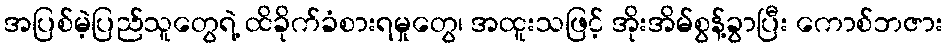
အပြစ်မဲ့ပြည်သူတွေရဲ့ ထိခိုက်ခံစားရမှုတွေ၊ အထူးသဖြင့် အိုးအိမ်စွန့်ခွာပြီး ကောစ်ဘဇား